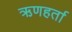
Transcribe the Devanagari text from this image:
ऋणहर्ता